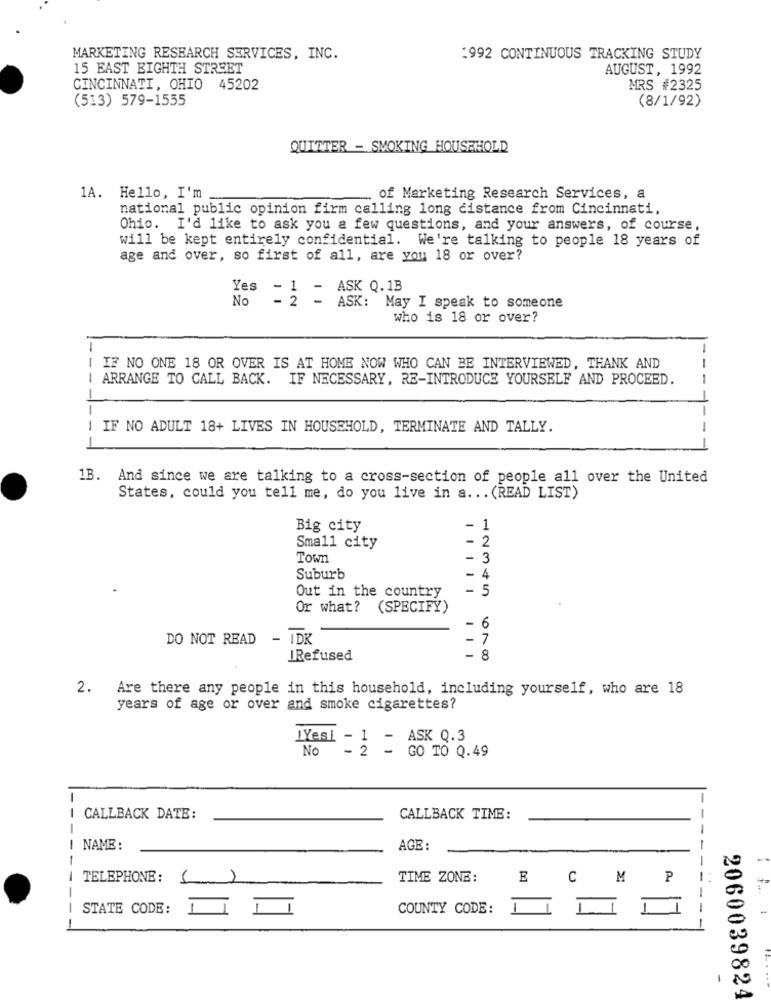
MARKETING RESEARCH SERVICES, INC.
:992 CONTINUOUS TRACKING STUDY
15 EAST EIGHTH STREET
AUGUST, 1992
CINCINNATI, OHIO 45202
MRS #2325
(513) 579-1555
(8/1/92)
QUITTER - SMOKING HOUSEHOLD
1A. Hello, I'm
of Marketing Research Services, a
national public opinion firm calling long distance from Cincinnati,
Ohio. I'd like to ask you a few questions, and your answers, of course,
will be kept entirely confidential. We're talking to people 18 years of
age and over, so first of all, are you 18 or over?
Yes - 1 -
ASK Q.1B
No - 2 - ASK: May I speak to someone
who is 18 or over?
-
I IF NO ONE 18 OR OVER IS AT HOME NOW WHO CAN BE INTERVIEWED, THANK AND
--
I ARRANGE TO CALL BACK. IF NECESSARY, RE-INTRODUCE YOURSELF AND PROCEED.
--
---
IF NO ADULT 18+ LIVES IN HOUSEHOLD, TERMINATE AND TALLY.
-
-
1B. And since we are talking to a cross-section of people all over the United
States, could you tell me, do you live in a ... (READ LIST)
Big city
- 1
- 2
Small city
Town
- 3
Suburb
- 4
Out in the country
- 5
Or what? (SPECIFY)
- 6
DO NOT READ - IDK
- 7
IRefused
- 8
2. Are there any people in this household, including yourself, who are 18
years of age or over and smoke cigarettes?
"Yesi - 1 - ASK Q.3
No - 2 - GO TO Q.49
-
CALLBACK DATE:
-
CALLBACK TIME:
-
-
NAME :
AGE:
TELEPHONE: ()
TIME ZONE:
E
CM
P
1
------
STATE CODE:
COUNTY CODE: 1ILI
2060039824